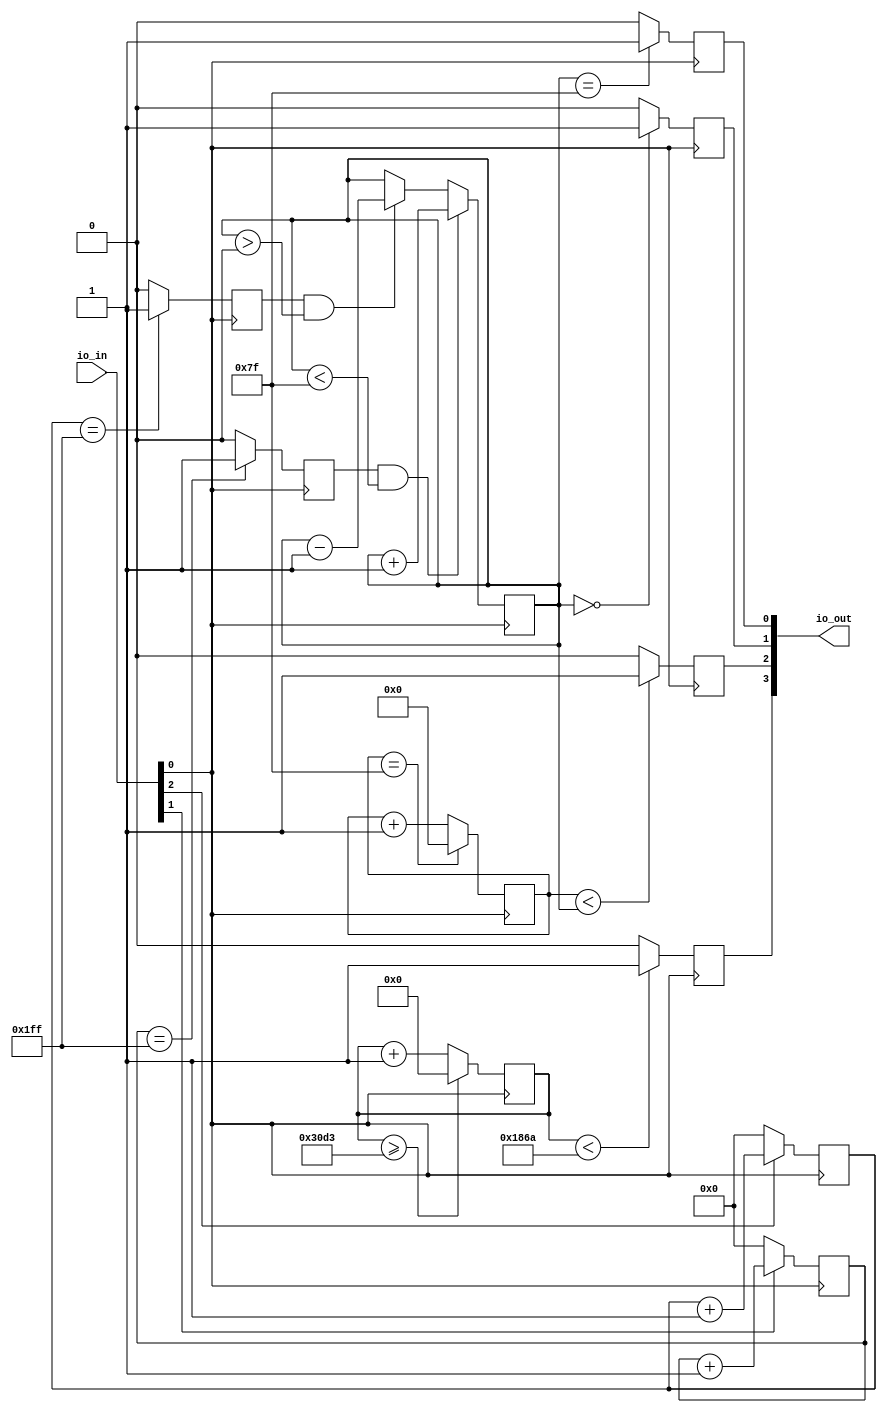
module pwm (
    input [7:0] io_in,			// Input port for clock and button signals
    output [7:0] io_out			// Output port for LED signals
    );

    wire clk = io_in[0];		//Input Clock 12500Hz
    wire btn_incrPWM = io_in[1];	//Increase PWM value
    wire btn_decrPWM = io_in[2];	//Decrease PWM value
    reg inled;                          // Register for LED signal indicating maximum duty cycle
    reg deled;                          // Register for LED signal indicating minimum duty cycle
    reg led;                            // Register for PWM signal
    reg clock_1hz;                      // Register for 1Hz clock signal
    assign io_out[0] = inled;           // Output port for inled signal
    assign io_out[1] = deled;           // Output port for deled signal
    assign io_out[2] = led;             // Output port for led signal
    assign io_out[3] = clock_1hz;       // Output port for 1Hz clock signal

	
  reg [7:0] duty_cycle = 8'h3f; // initial duty cycle is 50% is the half of count maximum value.
  reg [7:0] count = 8'h00; 	// Initialize count for PWM period.
  reg [11:0] bucount = 12'h000; // Initialize count for increase button PWM debounce funstion.
  reg [11:0] bdcount = 12'h000; // Initialize count for decrease button PWM debounce funstion.
  reg debounced_btn_incrPWM;	// Increase PWM  debounce  register.
  reg debounced_btn_decrPWM;	// Decrease PWM debounce  register.

  reg[27:0] counter=28'd0;
  parameter DIVISOR = 28'd12500;//Divisor to produce 1Hz clock from 12.5Khz input clock
	
always @(posedge clk)
begin
counter <= counter + 28'd1;
	 if(counter>=(DIVISOR-1))
		counter <= 28'd0;
		clock_1hz <= (counter<DIVISOR/2)?1'b1:1'b0;
	 end
	
always @(posedge clk) begin
  if (debounced_btn_incrPWM && (duty_cycle < 8'h7F)) begin
      duty_cycle <= duty_cycle + 1; // increment duty cycle by 1 when button is pressed
  end
  else if (debounced_btn_decrPWM && (duty_cycle > 8'h00)) begin
      duty_cycle <= duty_cycle - 1; // decrement duty cycle by 1 when button down is pressed
  end

count <= count + 1; //increment count of PWM period

if (duty_cycle == 8'h00)begin
	deled <= 1'b1;
end
else begin
	deled <= 1'b0;
end
if (duty_cycle == 8'h7f)begin
	inled <= 1'b1;
end
else begin
    	inled <= 1'b0;
end
	 
if (count < duty_cycle) begin //PWM signal generation
	led <= 1'b1;
end
else begin
        led <= 1'b0;
end

if (count == 8'h7F) begin	  //In this point the PWM period can be set, this is the maximum  PWM value
	count <= 8'h00; 			  // reset count
end
end

always @(posedge clk) begin
if (btn_incrPWM == 1'b1) begin
      bucount <= bucount + 1;	  // increment count if button is pressed
end
else begin
      bucount <= 8'h00;      	  // reset count if button is not pressed
end

// set debounced button Increase 
    if (bucount == 12'h1FF) begin
      debounced_btn_incrPWM <= 1'b1; //Button is debounced
    end
    else begin
      debounced_btn_incrPWM <= 1'b0;
    end
end
  
always @(posedge clk) begin
if (btn_decrPWM == 1'b1) begin
      bdcount <= bdcount + 1;		//increment count if button is pressed
end
else begin
      bdcount <= 8'h00;				//reset count if button is not pressed
end

// set debounced button Decrease 
    if (bdcount == 12'h1FF) begin
      debounced_btn_decrPWM <= 1'b1;//Button is debounced
    end
    else begin
      debounced_btn_decrPWM<= 1'b0;
    end
end
    
endmodule